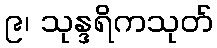
၉၊ သုန္ဒရိကသုတ်